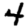
Digit: 4